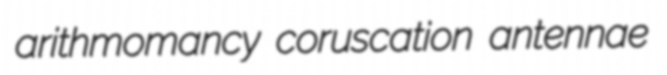
arithmomancy coruscation antennae